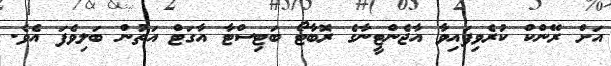
އަށް ރޭންކް ކުރެވިފައިވާ އާޖެންޓީނާގެ ރޮބާޓޯ ބަޓިސްޓާ އާގަޓް އަތުން ބަލިވެފަ އެވެ.